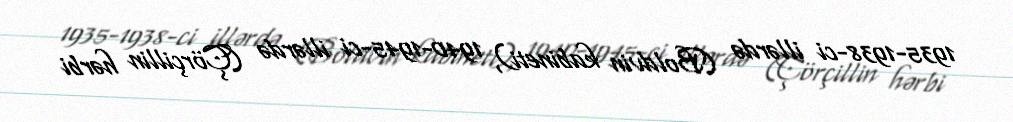
1935-1938-ci illərdə (Boldvin kabineti), 1940-1945-ci illərdə (Çörçillin hərbi